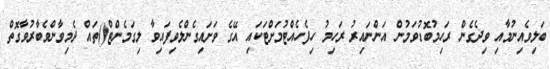
ބަލިވެއިނުމާއި ވިދެގެން ރަހިމުބޮޑުވަމުން އަންނައިރު ރަހިމު ހިފެހެއްޓުމަށްޓަކައި އޭގެ ވަށައިގެންލެވިފައިވާ ލިގަމެންޓް()ތައް ދެމިވާންވެބާރުވާގޮތް